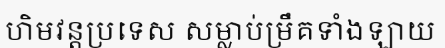
ហិមវន្តប្រទេស សម្លាប់ម្រឹគទាំងឡាយ